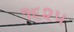
૧૬૨૫